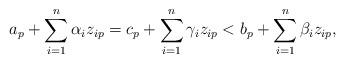
LaTeX: \begin{align*}a_p + \sum_{i=1}^n \alpha_i z_{ip} = c_p + \sum_{i=1}^n \gamma_i z_{ip} < b_p + \sum_{i=1}^n \beta_i z_{ip},\end{align*}